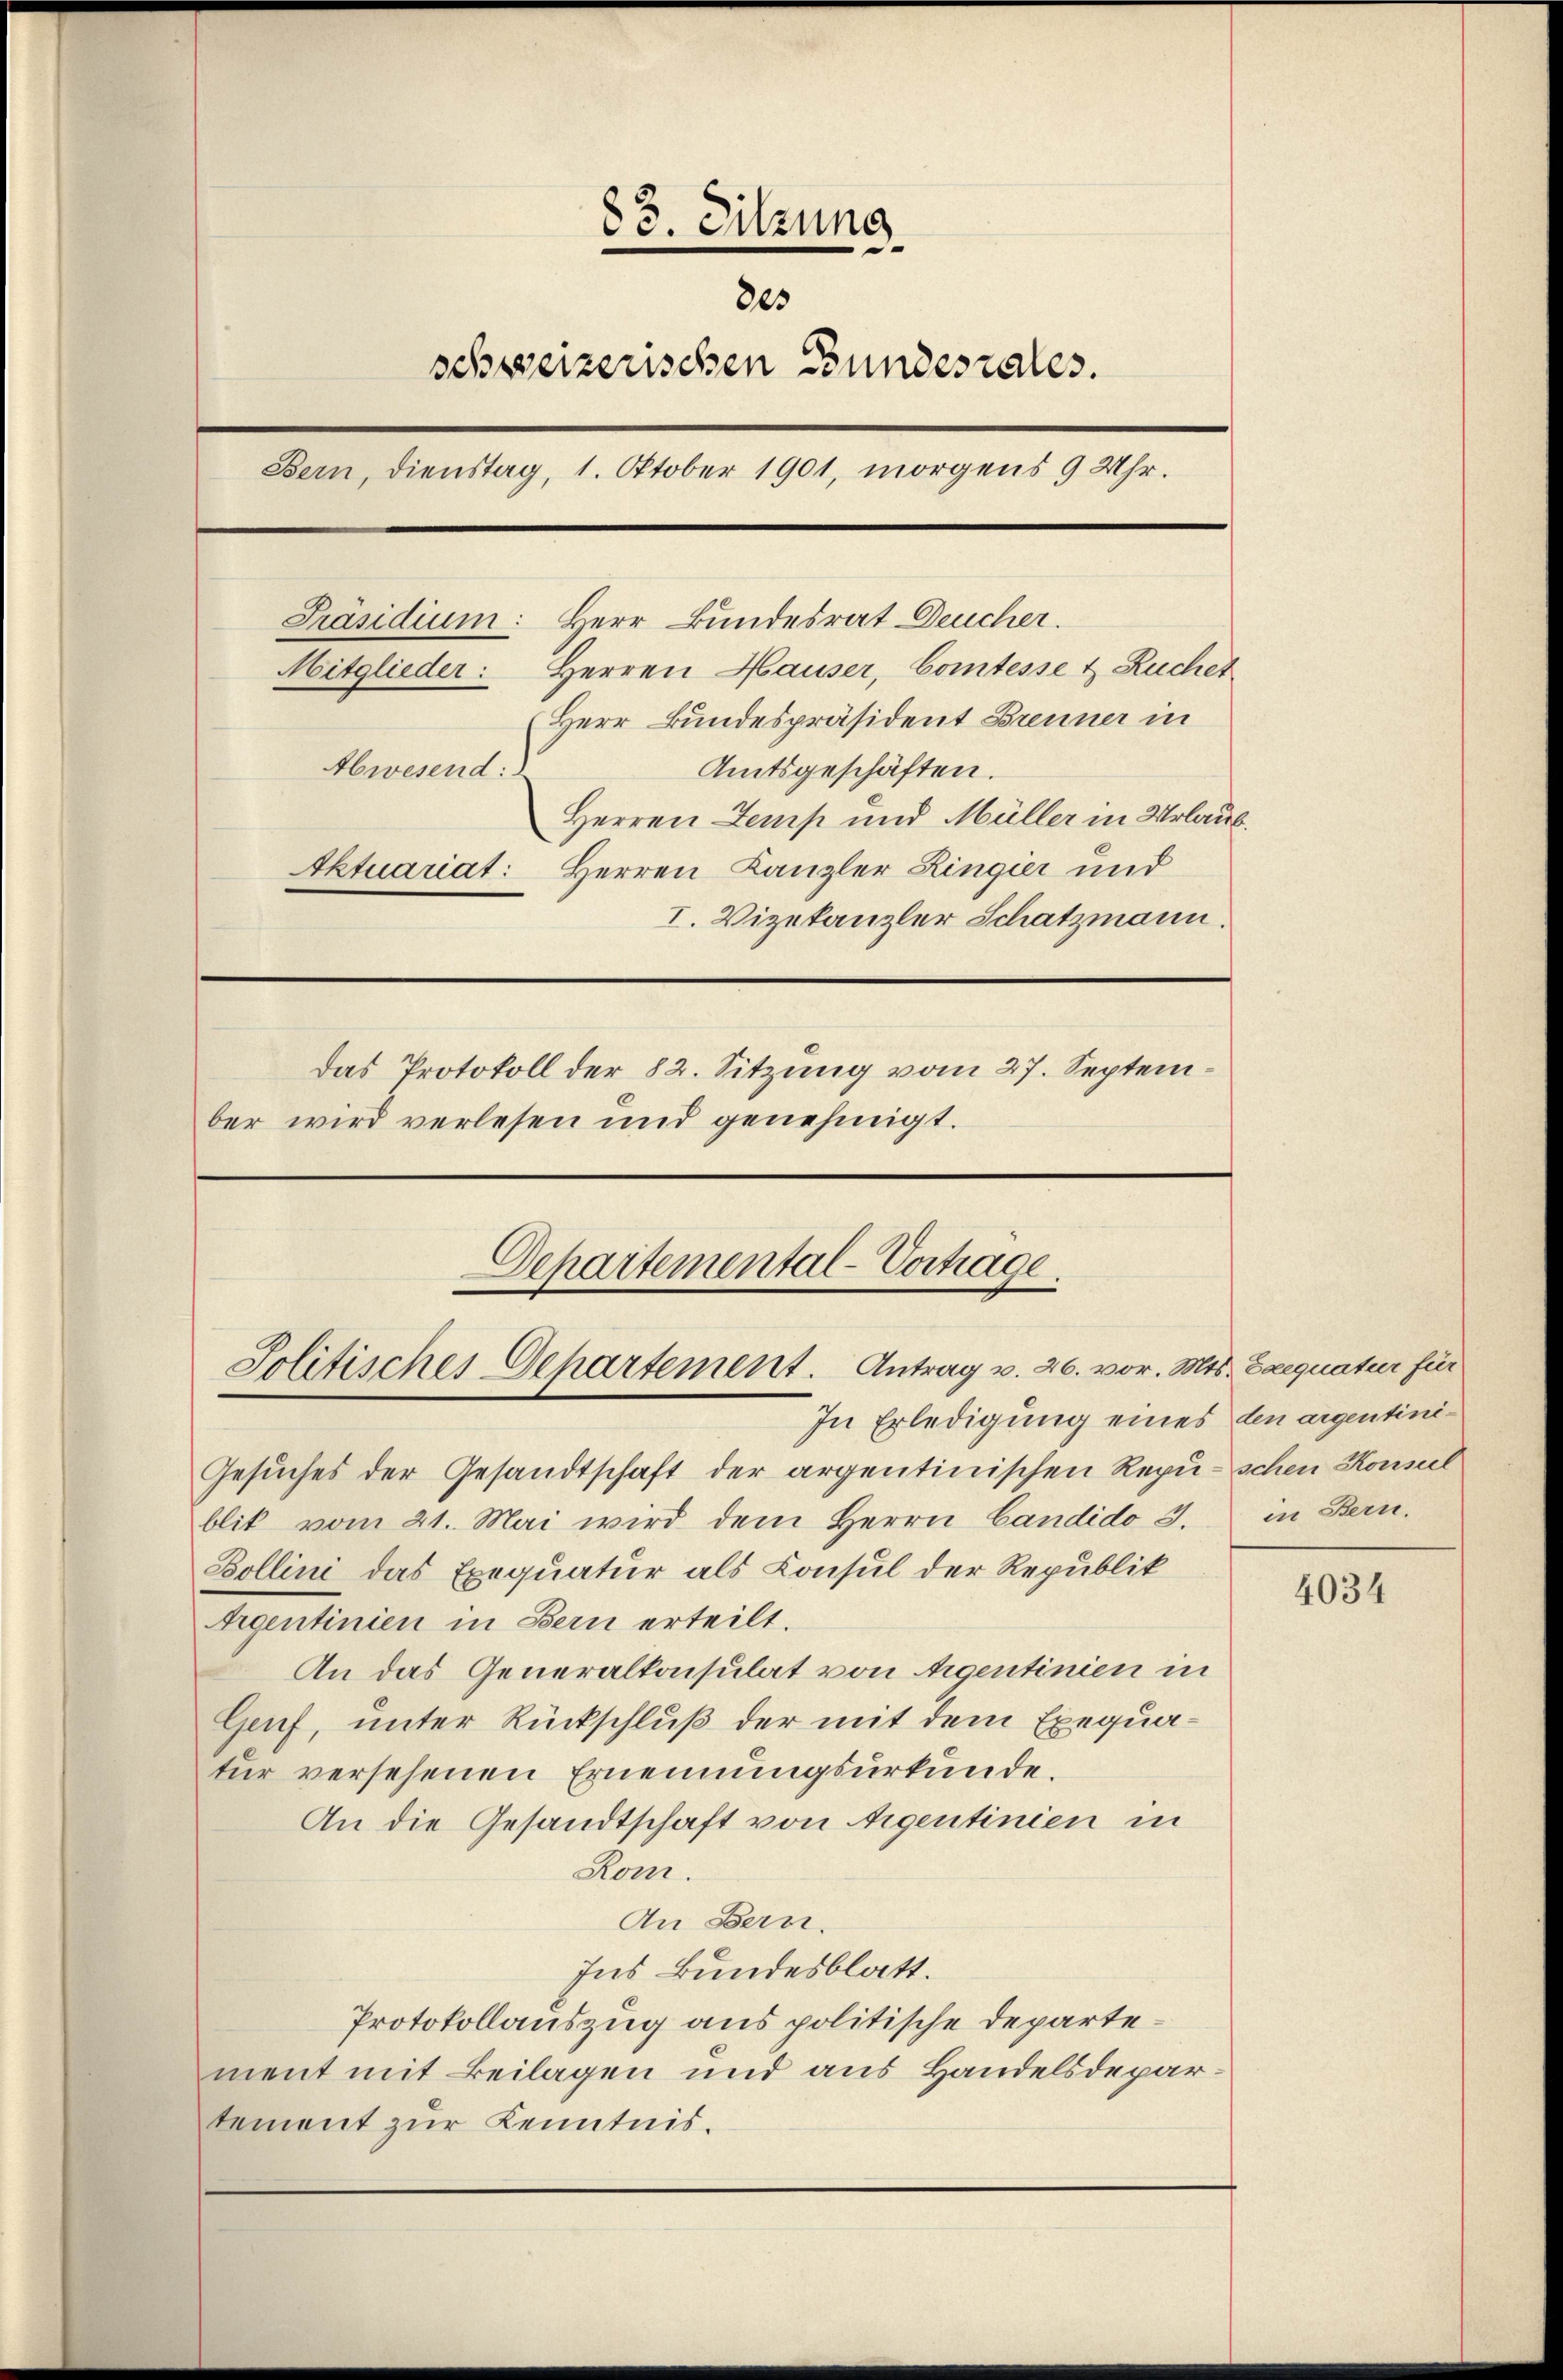
83. Sitzung
805
schweizerischen Bundesrates.
Bern, Dienstag, 1. Oktober 1901, morgens 9 Uhr.
Herr Bundesrat Deucher.
Präsidium:
Mitglieder: Herren Hauser, Comtesse & Ruchet
Herr Bundespräsident Brenner in
Amtsgeschäften.
Abwesend:
Herren Temp und Müller in Urlaub.
Aktuariat: Herren Kanzler Lingier und
I. Vizekanzler Schatzmann.
Das Protokoll der 82. Sitzung vom 27. September wird verlesen und genehmigt.

Departemental-Vorträge.
Solitisches Departement. Antrag v. 26. vor. Mts. Exequatur für
In Erledigung eines den argentini¬

Gesuches der Gesandtschaft der argentinischen Repu- schen Konseil
blit vom 21. Mai wird dem Herrn Candido 3.
Bollini das Exequatur als Consul der Republik
Argentinien in Bern erteilt.
An das Generalkonsulat von Aigentinien in
Genf, unter Rückschluß der mit dem Exequatur versehenen Ernennungsurkunde.
An die Gesandtschaft von Aigentinien in
Rom.
An Bern.
Ins Bundesblatt.
Protokollauszug aus politische Departement mit Beilagen und aus Handelsdepartement zur Kenntnis.

in Bern.

4034